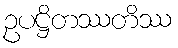
ဥပဋ္ဌိတဿတိဿ